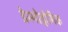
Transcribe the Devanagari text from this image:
डेस्मोड्रोमिक